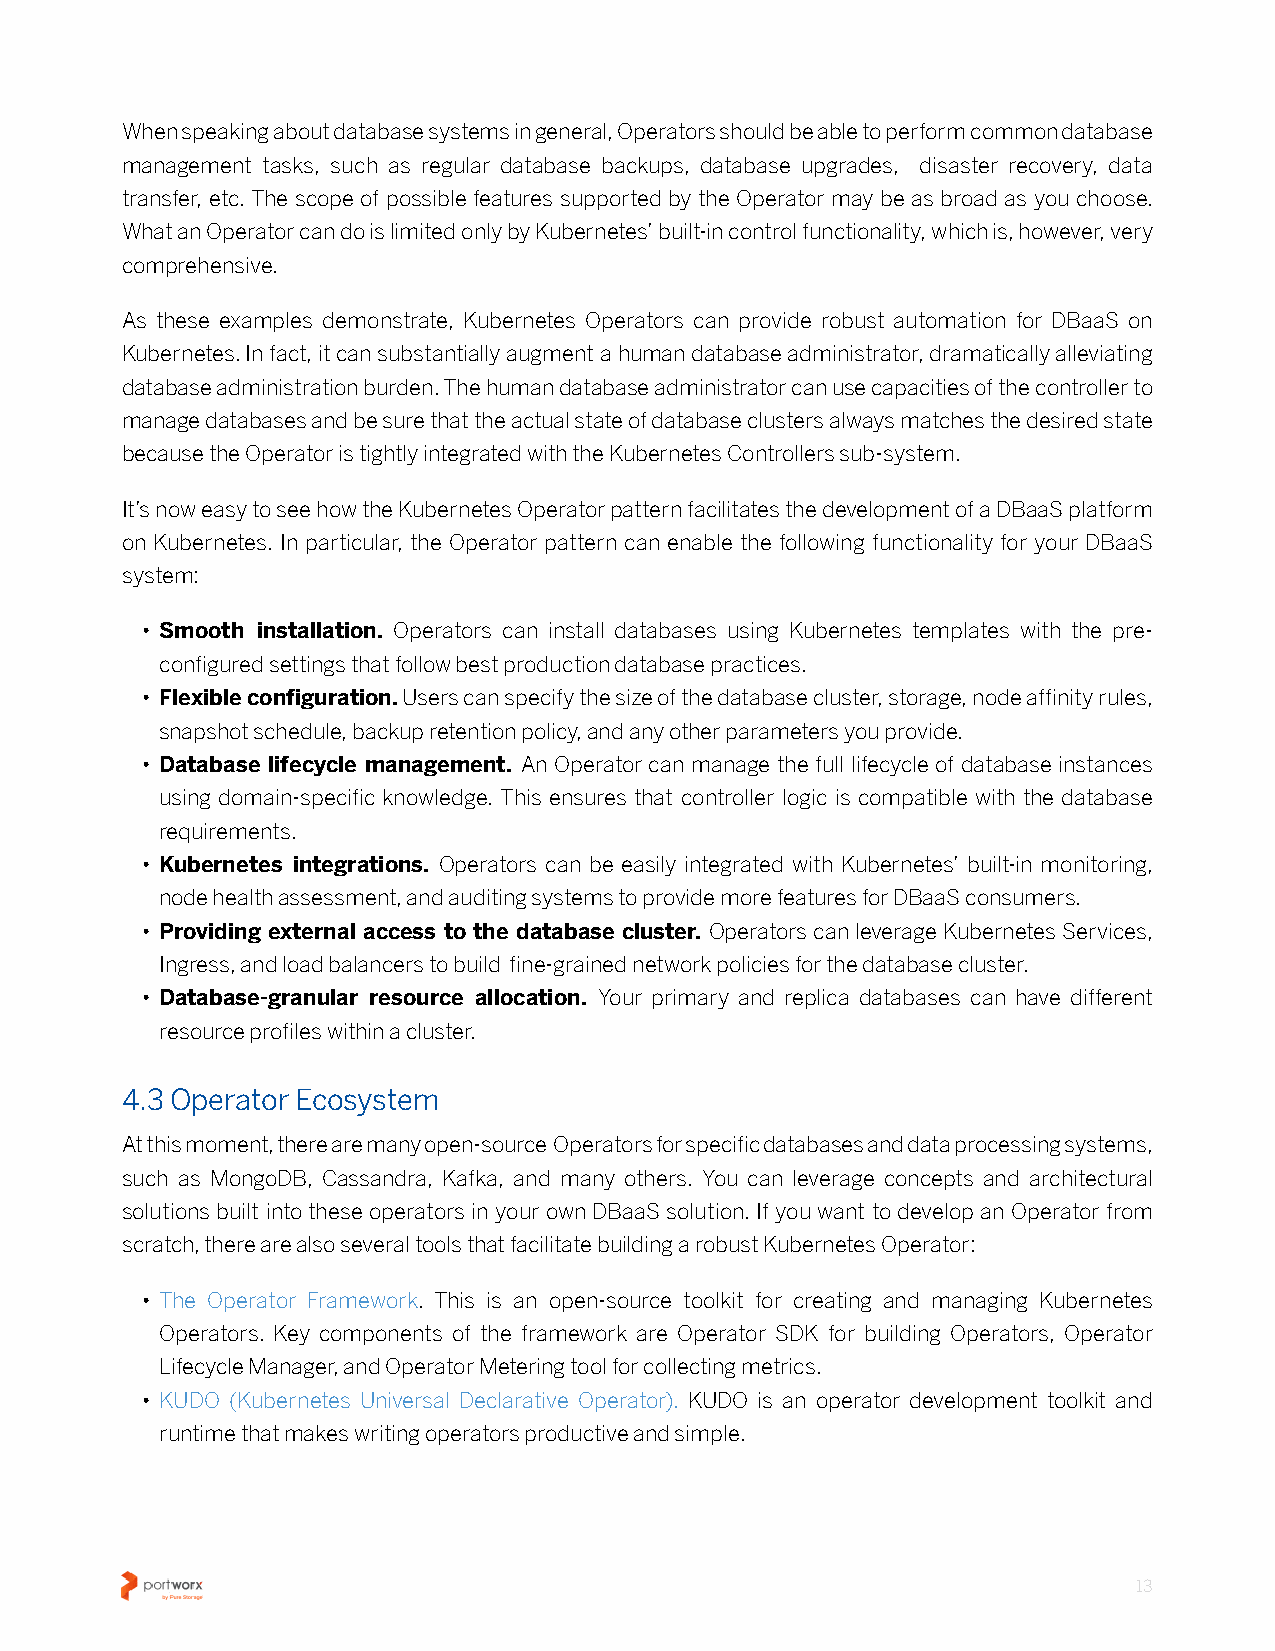
When speaking about database systems in general, Operators should be able to perform common database
 management tasks, such as regular database backups, database upgrades, disaster recovery, data
 transfer, etc� The scope of possible features supported by the Operator may be as broad as you choose�
 What an Operator can do is limited only by Kubernetes’ built-in control functionality, which is, however, very
 comprehensive�
 As these examples demonstrate, Kubernetes Operators can provide robust automation for DBaaS on
 Kubernetes� In fact, it can substantially augment a human database administrator, dramatically alleviating
 database administration burden� The human database administrator can use capacities of the controller to
 manage databases and be sure that the actual state of database clusters always matches the desired state
 because the Operator is tightly integrated with the Kubernetes Controllers sub-system�
 It’s now easy to see how the Kubernetes Operator pattern facilitates the development of a DBaaS platform
 on Kubernetes� In particular, the Operator pattern can enable the following functionality for your DBaaS
 system:
 • Smooth installation. Operators can install databases using Kubernetes templates with the pre-
 configured settings that follow best production database practices�
 • Flexible configuration. Users can specify the size of the database cluster, storage, node affinity rules,
 snapshot schedule, backup retention policy, and any other parameters you provide�
 • Database lifecycle management. An Operator can manage the full lifecycle of database instances
 using domain-specific knowledge� This ensures that controller logic is compatible with the database
 requirements�
 • Kubernetes integrations. Operators can be easily integrated with Kubernetes’ built-in monitoring,
 node health assessment, and auditing systems to provide more features for DBaaS consumers�
 • Providing external access to the database cluster. Operators can leverage Kubernetes Services,
 Ingress, and load balancers to build fine-grained network policies for the database cluster�
 • Database-granular resource allocation. Your primary and replica databases can have different
 resource profiles within a cluster�
 4.3 Operator Ecosystem
 At this moment, there are many open-source Operators for specific databases and data processing systems,
 such as MongoDB, Cassandra, Kafka, and many others� You can leverage concepts and architectural
 solutions built into these operators in your own DBaaS solution� If you want to develop an Operator from
 scratch, there are also several tools that facilitate building a robust Kubernetes Operator:
 • The Operator Framework� This is an open-source toolkit for creating and managing Kubernetes
 Operators� Key components of the framework are Operator SDK for building Operators, Operator
 Lifecycle Manager, and Operator Metering tool for collecting metrics�
 • KUDO (Kubernetes Universal Declarative Operator)� KUDO is an operator development toolkit and
 runtime that makes writing operators productive and simple�
 13